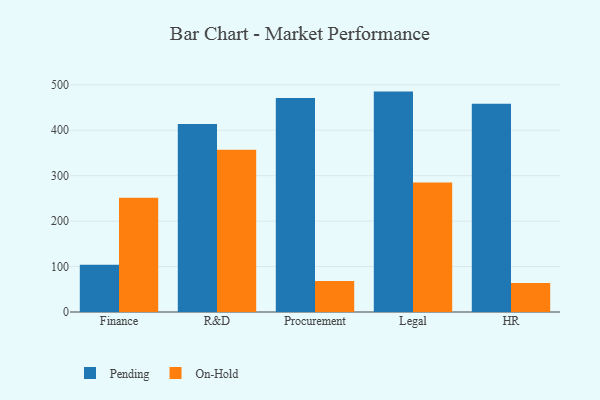
{"axis": {"x": "Department", "y": "Production Output"}, "legend": ["On-Hold", "Pending"], "data": [{"x": "Finance", "y": 104.1, "type": "Pending"}, {"x": "Finance", "y": 251.7, "type": "On-Hold"}, {"x": "R&D", "y": 414.0, "type": "Pending"}, {"x": "R&D", "y": 357.0, "type": "On-Hold"}, {"x": "Procurement", "y": 471.1, "type": "Pending"}, {"x": "Procurement", "y": 68.5, "type": "On-Hold"}, {"x": "Legal", "y": 485.1, "type": "Pending"}, {"x": "Legal", "y": 285.2, "type": "On-Hold"}, {"x": "HR", "y": 458.3, "type": "Pending"}, {"x": "HR", "y": 63.7, "type": "On-Hold"}]}